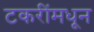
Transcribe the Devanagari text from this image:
टकरींमधून